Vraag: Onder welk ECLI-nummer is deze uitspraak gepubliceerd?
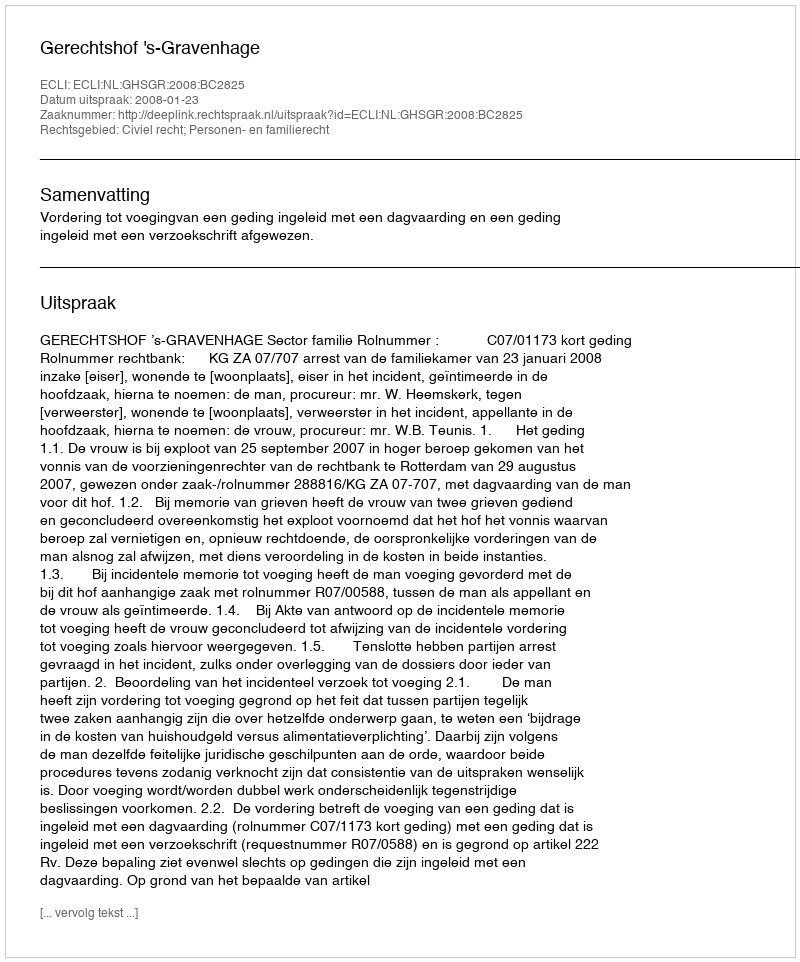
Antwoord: ECLI:NL:GHSGR:2008:BC2825